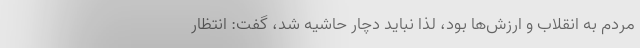
مردم به انقلاب و ارزش‌ها بود، لذا نباید دچار حاشیه شد، گفت: انتظار